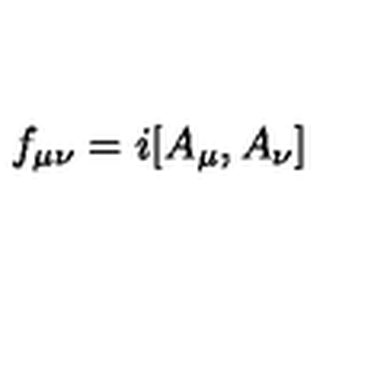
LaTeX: f _ { \mu \nu } = i [ A _ { \mu } , A _ { \nu } ]